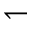
\leftharpoondown